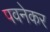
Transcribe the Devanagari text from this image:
पवनेकर